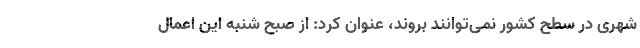
شهری در سطح کشور نمی‌توانند بروند، عنوان کرد: از صبح شنبه این اعمال